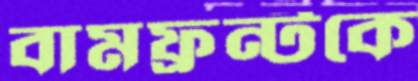
বামফ্রন্টকে